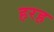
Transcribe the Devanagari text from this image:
हरह